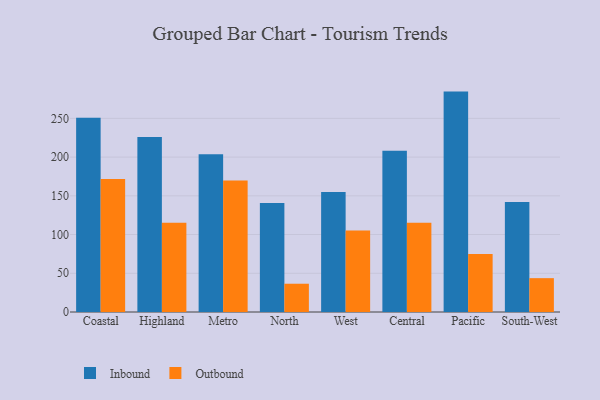
{"axis": {"x": "Region", "y": "Shipments"}, "legend": ["Inbound", "Outbound"], "data": [{"x": "Coastal", "y": 250.9, "type": "Inbound"}, {"x": "Coastal", "y": 171.9, "type": "Outbound"}, {"x": "Highland", "y": 226.1, "type": "Inbound"}, {"x": "Highland", "y": 115.1, "type": "Outbound"}, {"x": "Metro", "y": 203.8, "type": "Inbound"}, {"x": "Metro", "y": 169.8, "type": "Outbound"}, {"x": "North", "y": 140.8, "type": "Inbound"}, {"x": "North", "y": 36.5, "type": "Outbound"}, {"x": "West", "y": 154.9, "type": "Inbound"}, {"x": "West", "y": 105.2, "type": "Outbound"}, {"x": "Central", "y": 208.3, "type": "Inbound"}, {"x": "Central", "y": 115.4, "type": "Outbound"}, {"x": "Pacific", "y": 284.6, "type": "Inbound"}, {"x": "Pacific", "y": 74.9, "type": "Outbound"}, {"x": "South-West", "y": 142.0, "type": "Inbound"}, {"x": "South-West", "y": 43.7, "type": "Outbound"}]}